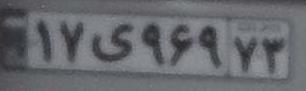
۱۷ی۹۶۹۷۳